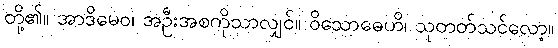
တို့၏။ အာဒိမေဝ၊ အဦးအစကိုသာလျှင်။ ဝိသောဓေဟိ၊ သုတတ်သင်လော့။